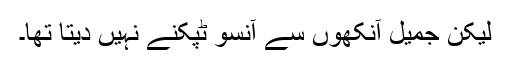
لیکن جمیل آنکھوں سے آنسو ٹپکنے نہیں دیتا تھا۔